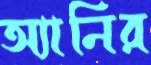
অ্যানির